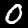
Digit: 0